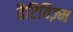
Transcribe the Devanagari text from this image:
हैटिविज़्म